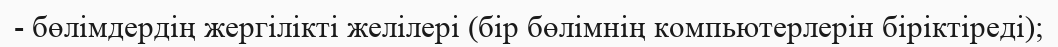
- бөлімдердің жергілікті желілері (бір бөлімнің компьютерлерін біріктіреді);